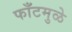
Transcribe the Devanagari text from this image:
फाँटमुळे